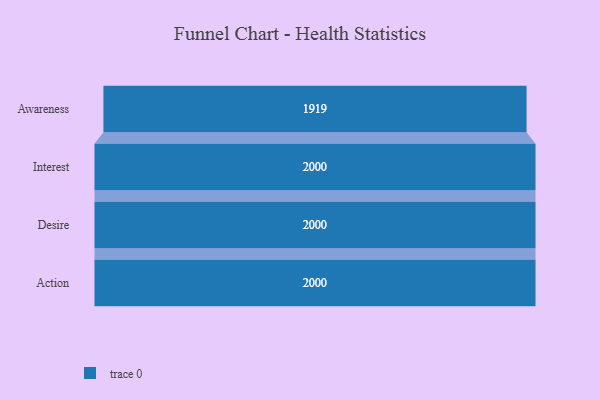
{"axis": {"x": "Stage", "y": "Value"}, "legend": [""], "data": [{"x": "Awareness", "y": 1919.0, "type": ""}, {"x": "Interest", "y": 2000, "type": ""}, {"x": "Desire", "y": 2000, "type": ""}, {"x": "Action", "y": 2000, "type": ""}]}